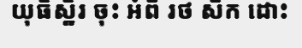
យុធិស្ឋិរ ចុះ អំពី រថ សឹក ដោះ